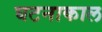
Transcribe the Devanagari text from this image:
घटनाकाल